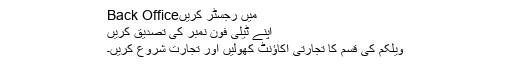
میں رجسٹر کریںBack Office
اپنے ٹیلی فون نمبر کی تصدیق کریں
ویلکم کی قسم کا تجارتی اکاؤنٹ کھولیں اور تجارت شروع کریں۔